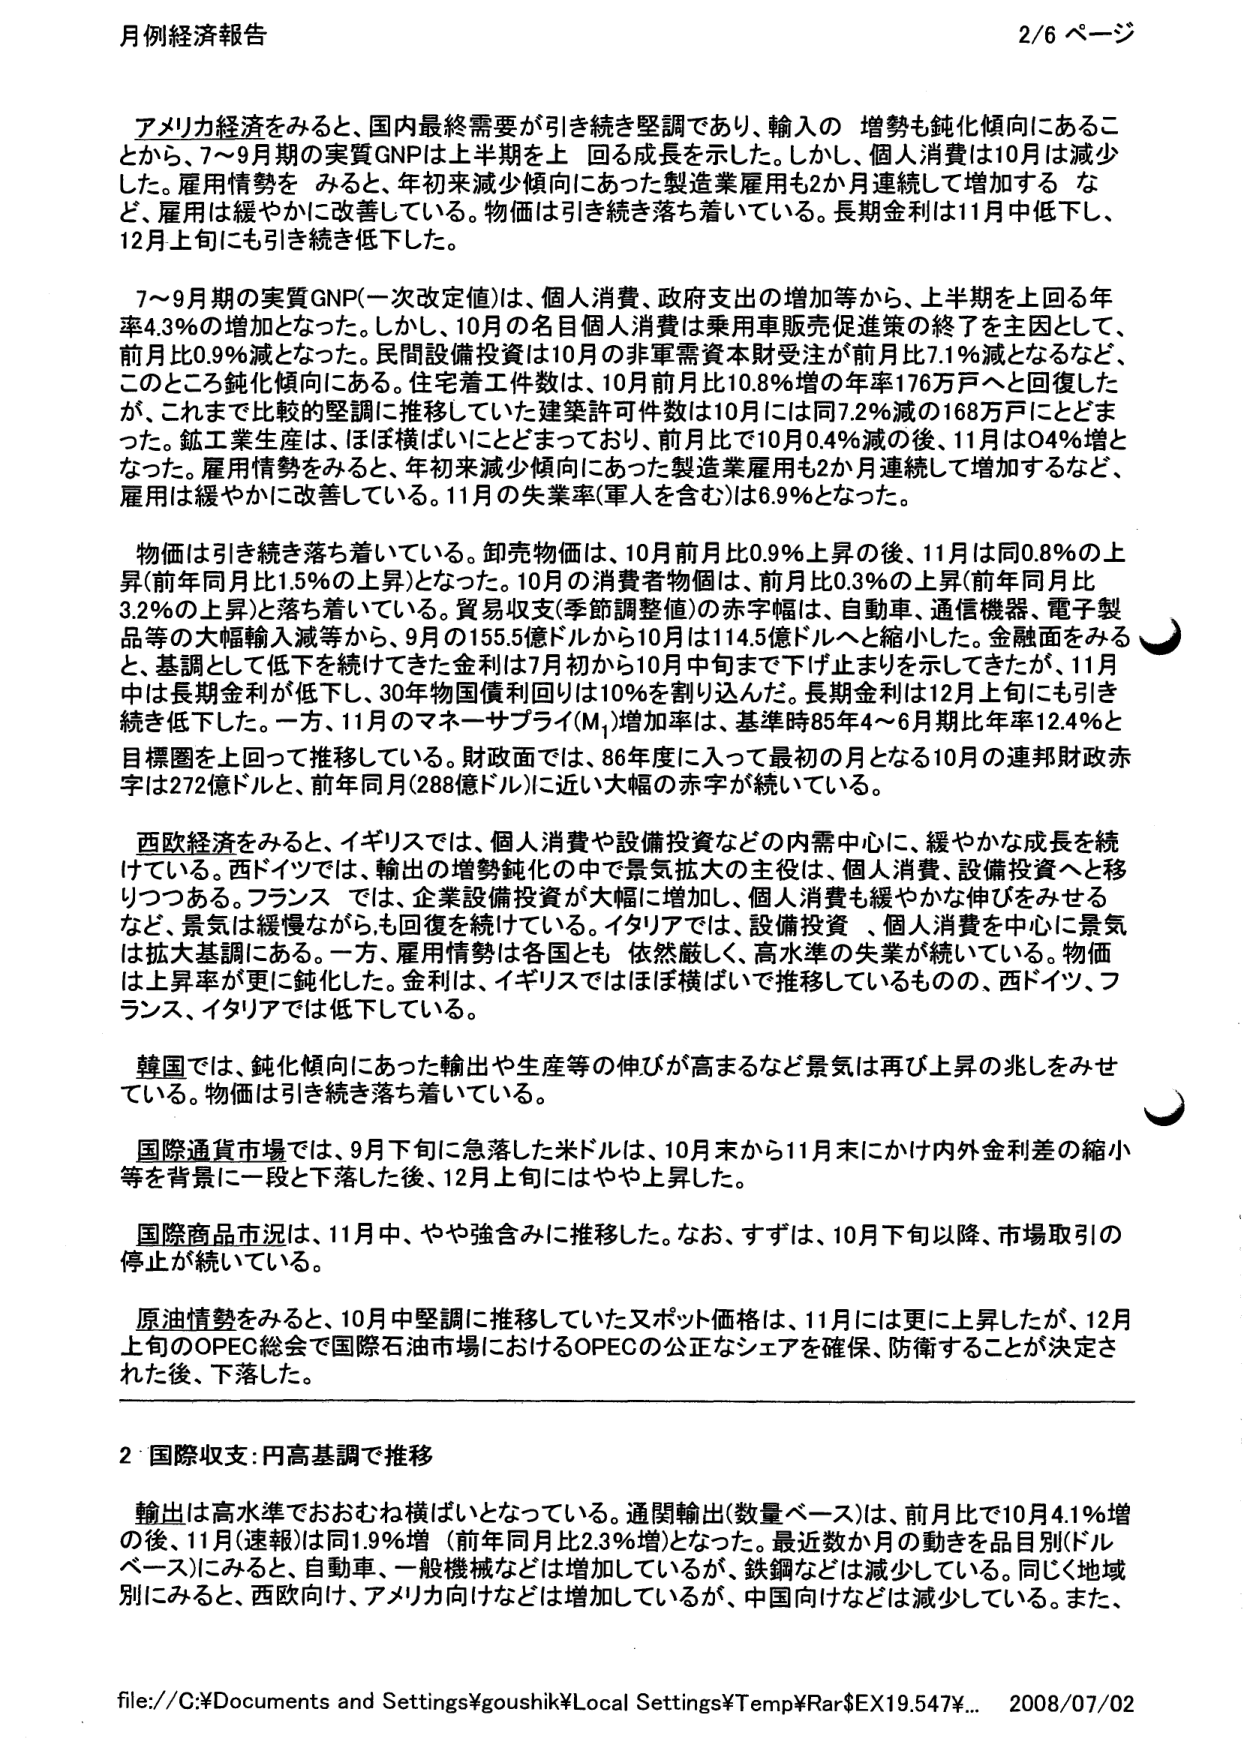
月例経済報告 2/6 ページ

アメリカ経済をみると、国内最終需要が引き続き堅調であり、輸入の 増勢も鈍化傾向にあることから、7～9月期の実質GNPは上半期を上 回る成長を示した。しかし、個人消費は10月は減少した。雇用情勢を みると、年初来減少傾向にあった製造業雇用も2か月連続して増加する など、雇用は緩やかに改善している。物価は引き続き落ち着いている。長期金利は11月中低下し、12月上旬にも引き続き低下した。

7～9月期の実質GNP(一次改定値)は、個人消費、政府支出の増加等から、上半期を上回る年率4.3％の増加となった。しかし、10月の名目個人消費は乗用車販売促進策の終了を主因として、前月比0.9％減となった。民間設備投資は10月の非軍需資本財受注が前月比7.1％減となるなど、このところ鈍化傾向にある。住宅着工件数は、10月前月比10.8％増の年率176万戸へと回復したが、これまで比較的堅調に推移していた建築許可件数は10月には同7.2％減の168万戸にとどまった。鉱工業生産は、ほぼ横ばいにとどまっており、前月比で10月0.4％減の後、11月は0.4％増となった。雇用情勢をみると、年初来減少傾向にあった製造業雇用も2か月連続して増加するなど、雇用は緩やかに改善している。11月の失業率(軍人を含む)は6.9％となった。

物価は引き続き落ち着いている。卸売物価は、10月前月比0.9％上昇の後、11月は同0.8％の上昇(前年同月比1.5％の上昇)となった。10月の消費者物価は、前月比0.3％の上昇(前年同月比3.2％の上昇)と落ち着いている。貿易収支(季節調整値)の赤字幅は、自動車、通信機器、電子製品等の大幅輸入減等から、9月の155.5億ドルから10月は114.5億ドルへと縮小した。金融面をみると、基調として低下を続けてきた金利は7月初から10月中旬まで下げ止まりを示してきたが、11月中は長期金利が低下し、30年物国債利回りは10％を割り込んだ。長期金利は12月上旬にも引き続き低下した。一方、11月のマネーサプライ(M₁)増加率は、基準時85年4～6月期比年率12.4％と目標圏を上回って推移している。財政面では、86年度に入って最初の月となる10月の連邦財政赤字は272億ドルと、前年同月(288億ドル)に近い大幅の赤字が続いている。

西欧経済をみると、イギリスでは、個人消費や設備投資などの内需中心に、緩やかな成長を続けている。西ドイツでは、輸出の増勢鈍化の中で景気拡大の主役は、個人消費、設備投資へと移りつつある。フランス では、企業設備投資が大幅に増加し、個人消費も緩やかな伸びをみせるなど、景気は緩慢ながらも回復を続けている。イタリアでは、設備投資 、個人消費を中心に景気は拡大基調にある。一方、雇用情勢は各国とも 依然厳しく、高水準の失業が続いている。物価は上昇率が更に鈍化した。金利は、イギリスではほぼ横ばいで推移しているものの、西ドイツ、フランス、イタリアでは低下している。

韓国では、鈍化傾向にあった輸出や生産等の伸びが高まるなど景気は再び上昇の兆しをみせている。物価は引き続き落ち着いている。

国際通貨市場では、9月下旬に急落した米ドルは、10月末から11月末にかけ内外金利差の縮小等を背景に一段と下落した後、12月上旬にはやや上昇した。

国際商品市況は、11月中、やや強含みに推移した。なお、すずは、10月下旬以降、市場取引の停止が続いている。

原油情勢をみると、10月中堅調に推移していたスポット価格は、11月には更に上昇したが、12月上旬のOPEC総会で国際石油市場におけるOPECの公正なシェアを確保、防衛することが決定された後、下落した。

2 国際収支:円高基調で推移

輸出は高水準でおおむね横ばいとなっている。通関輸出(数量ベース)は、前月比で10月4.1％増の後、11月(速報)は同1.9％増（前年同月比2.3％増）となった。最近数か月の動きを品目別(ドルベース)にみると、自動車、一般機械などは増加しているが、鉄鋼などは減少している。同じく地域別にみると、西欧向け、アメリカ向けなどは増加しているが、中国向けなどは減少している。また、

file://C:\Documents and Settings\goushik\Local Settings\Temp\Rar$EX19.547¥... 2008/07/02